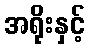
အရိုးနှင့်